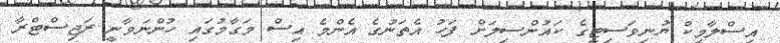
އިސްލާމިކް ޔުނިވަސިޓީގެ ކައުންސިލަށް ފަހު އެތަނުގެ އެންމެ އިސް މަގާމުގައި ހުންނަވާނީ ރަޖިސްޓްރާ